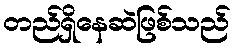
တည်ရှိနေဆဲဖြစ်သည်